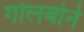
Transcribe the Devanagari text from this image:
गोलबोर्न